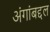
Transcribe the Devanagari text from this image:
अंगांबद्दल